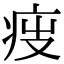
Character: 𤵟